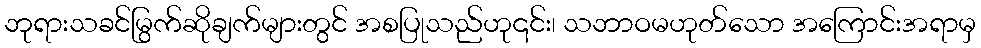
ဘုရားသခင်မြွက်ဆိုချက်များတွင် အစပြုသည်ဟု၎င်း၊ သဘာဝမဟုတ်သော အကြောင်းအရာမှ